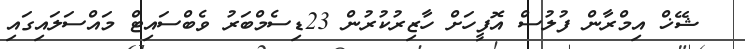
ޝޭޚް އިމްރާން ފުލުސް އޮފީހަށް ހާޒިރުކުރުން 23ޑިސެމްބަރު ވެބްސައިޓް މައްސަލައިގައި